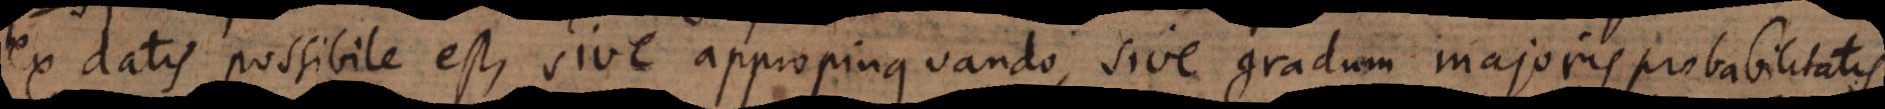
ex datis possibile est, sive appropinquando, sive gradum majoris probabilitatis